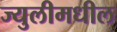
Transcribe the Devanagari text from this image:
ज्युलीमधील